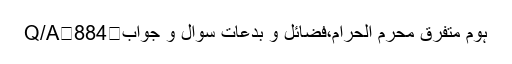
Q/A	884	ہوم متفرق محرم الحرام،فضائل و بدعات سوال و جواب